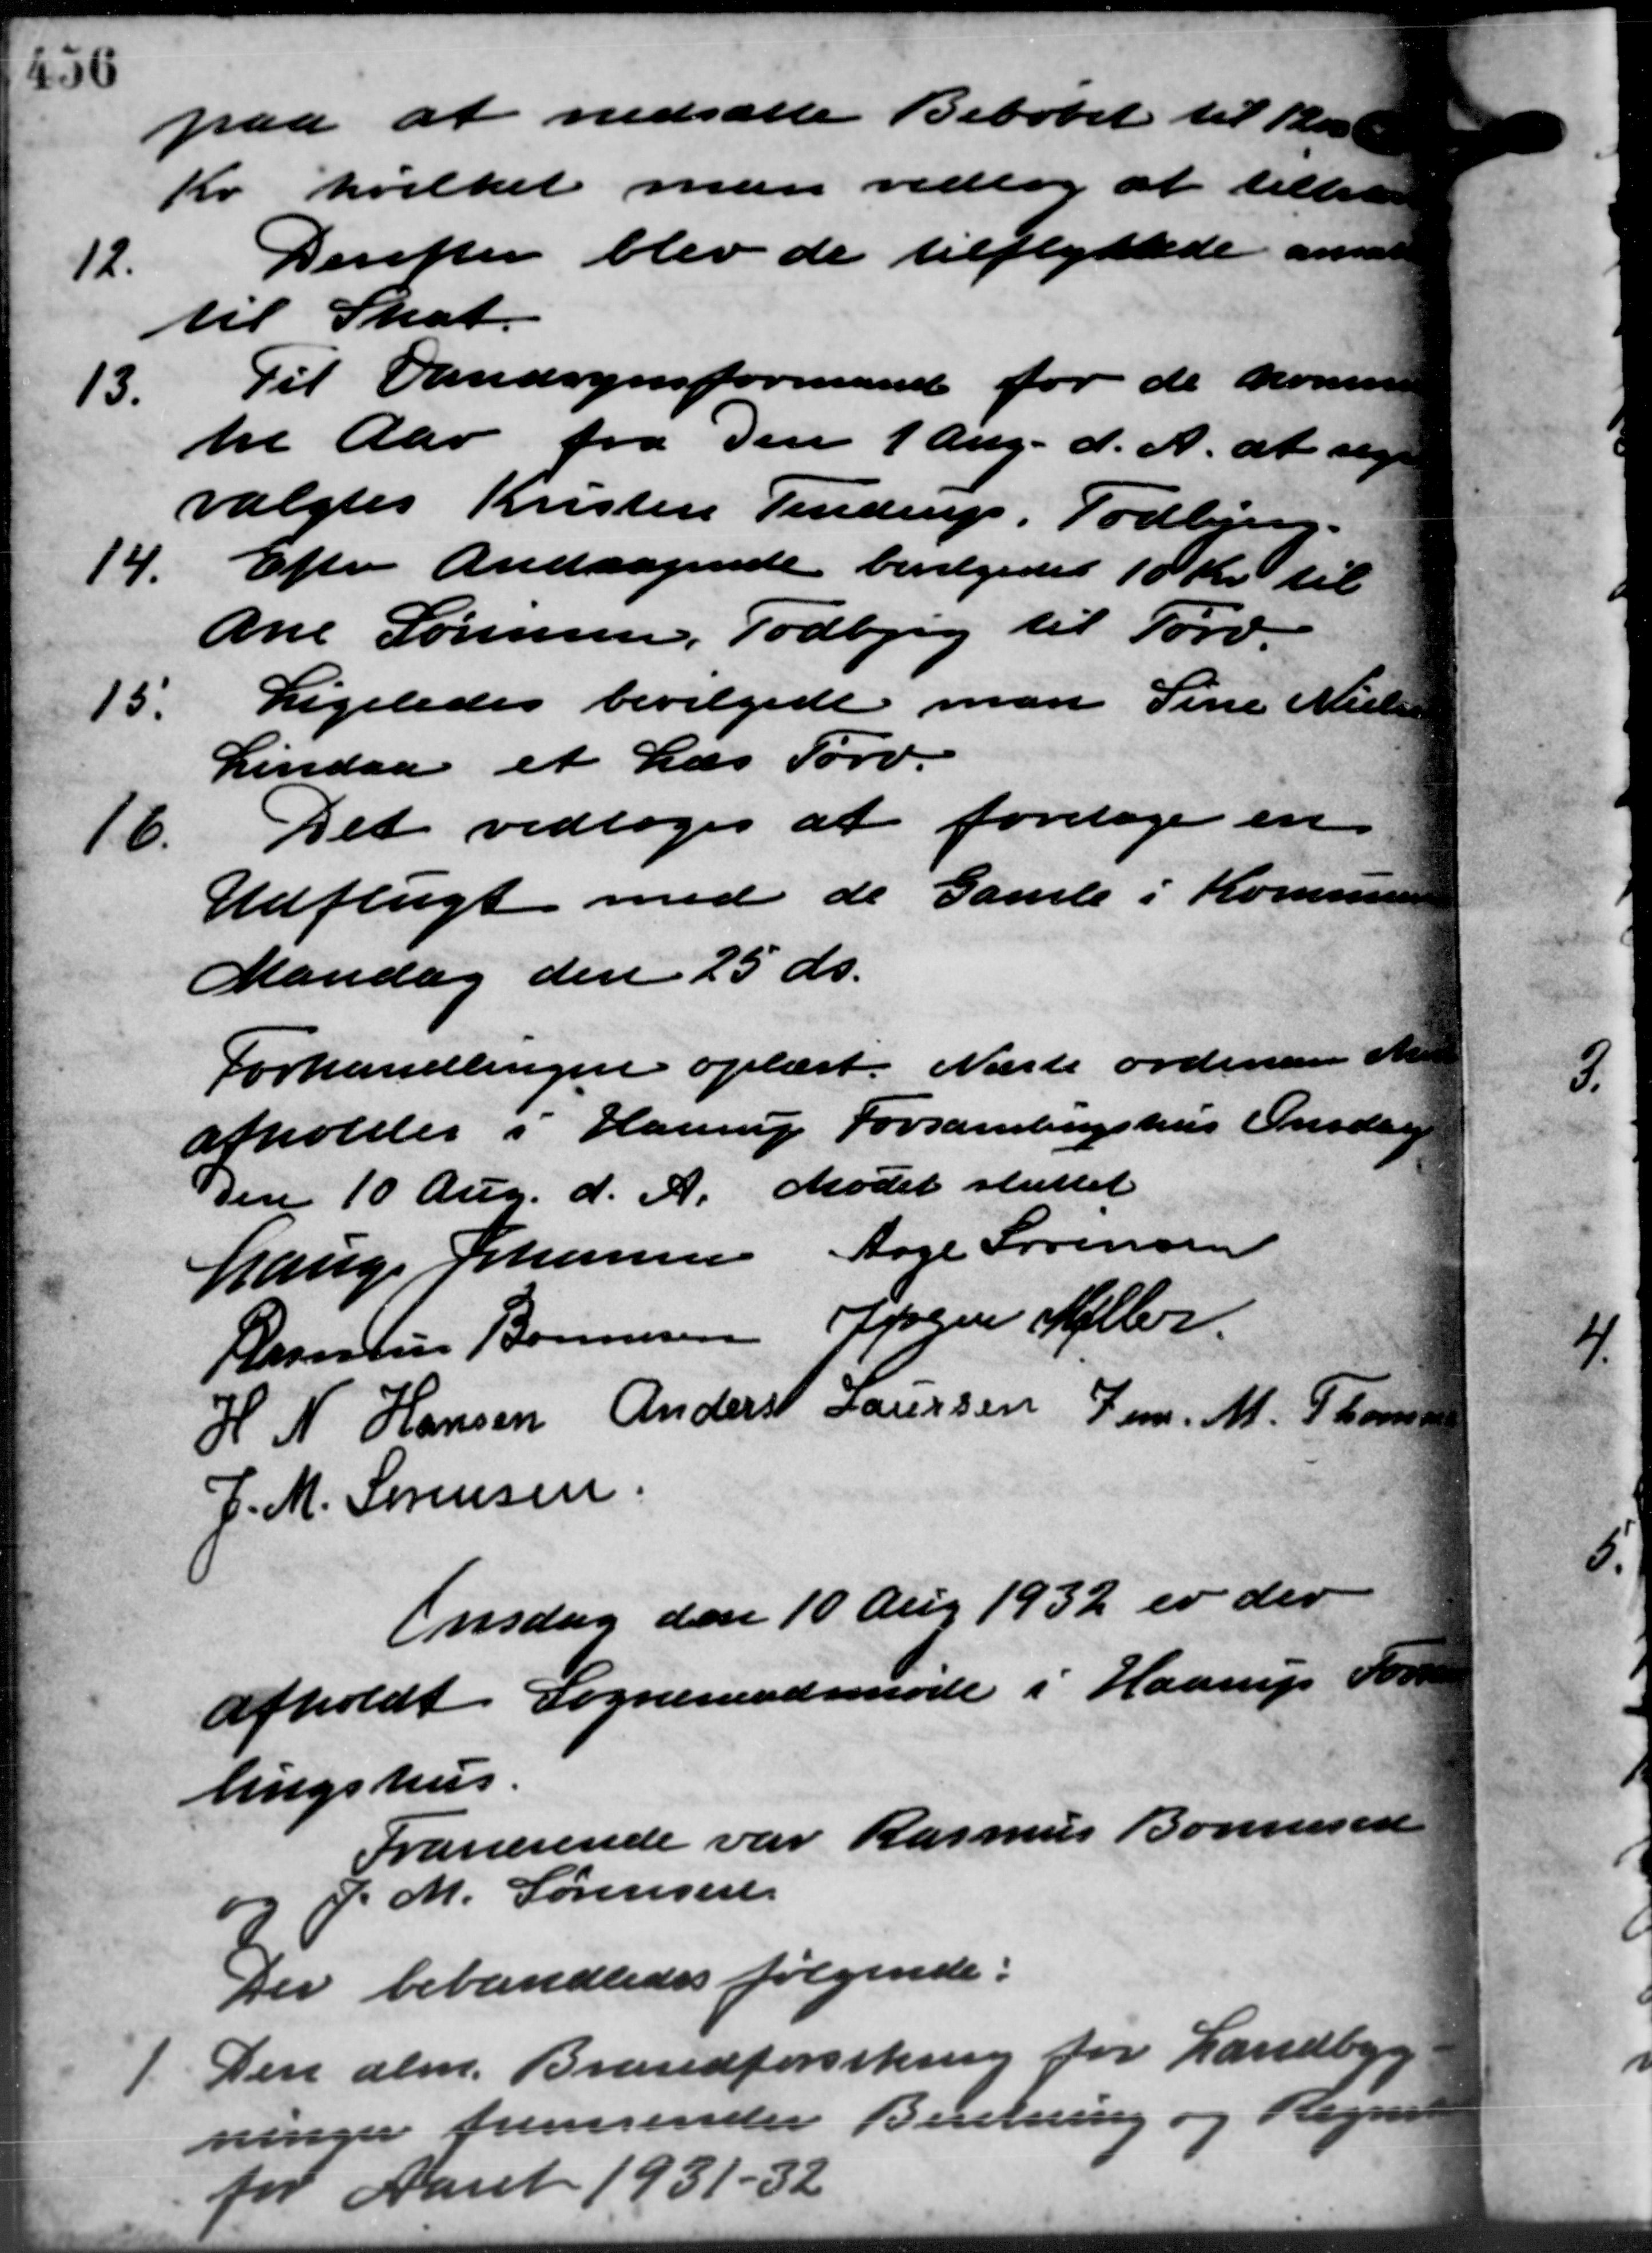
Transskription:
paa at nedsætte Beløbet til Bra
Kr hvilket man vedtog at tillade
12.
Derefter blev de tilflyttede ansat
til Skat.
13.
Til Vandsynsformand for de komme
til Aar fra den 1 Aug. d. A. at sty
valgtes Kristen Tendrup, Todbjerg.
14.
Efter Andragende bevilgedes 10 Kr. til
Ane Sørensen, Todbjerg til Tørv.
15.
Ligeledes bevilgede man Sine Nielsen
Lindaa et Læs Tørv.
16.
Det vedtoges at foretage en
Udflugt med de Gamle i Kommunen
Mandag den 25 ds.
Forhandlingen oplæst. Næste ordinære M
afholdes i Haarup Forsamlingshus Onsdag
den 10 Aug. d. A. Mødet sluttet
Lauge Johannesen Aage Sørensen
Rasmus Bonnesen J Jørgen Møller.
H N Hansen Anders Laursen Jens M. Thoms
J. M. Sørensen.
Onsdag den 10 Aug 1932 er der
afholdt Sogneraadsmøde i Haarup Fors
lingshus.
Fraværende var Rasmus Bonnesen
og J. M. Sørensen
Der behandledes følgende:
1 Den alm. Brandforsikring for Landbyg
1 Den alm. Brandforsikring for Landbyg
ninger fremsender Beretning og Regni
for Aaret 1931 - 32